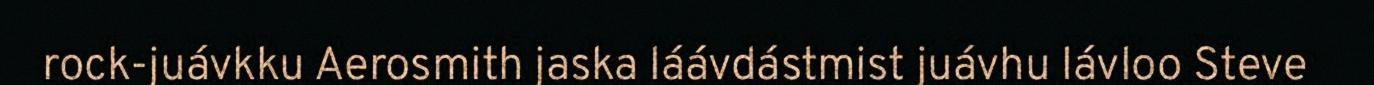
rock-juávkku Aerosmith jaska láávdástmist juávhu lávloo Steve